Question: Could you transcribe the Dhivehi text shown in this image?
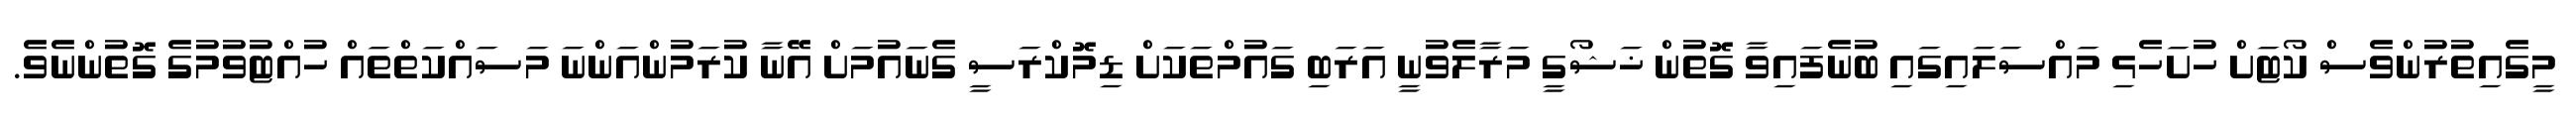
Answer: މީގެއިތުރުންވެސް ކޯޓަށް ހުށަހެޅި މައްސަލައިގައި ބުނެފައިވާ ގޮތުން ޚަޝޯގީ މަރާލެވުނީ އަރަބި ގައުމްތަކަށް ޑިމޮކްރަސީ ގެނައުމަށް އޭނާ ކުރަމުންއަންނަ މަސައްކަތްތައް ހުއްޓުވުމުގެ ގޮތުންނެވެ.